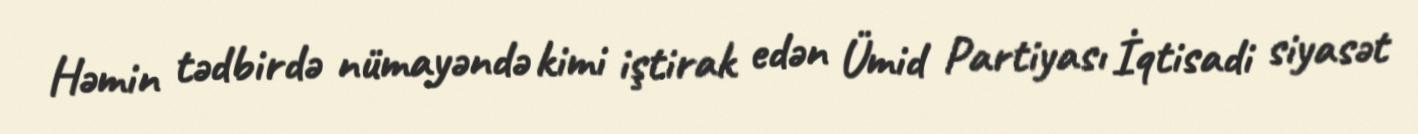
Həmin tədbirdə nümayəndə kimi iştirak edən Ümid Partiyası İqtisadi siyasət